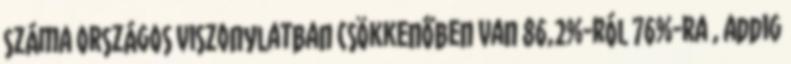
száma országos viszonylatban csökkenőben van 86,2%-ról 76%-ra , addig